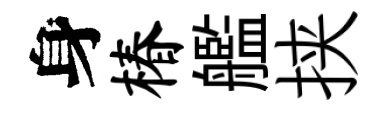
身椿艦挟